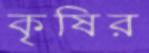
কৃষির